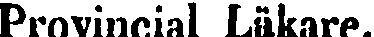
Provincial Läkare.